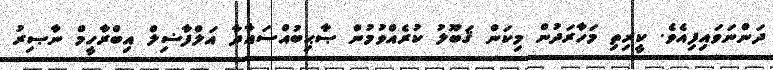
ދަންނަވައިފިއެވެ. ކީރިތި މަހާރަދުން މިކަން ޤަބޫލު ކުރެއްވުމުން ޞާޙިބުއްސަޢާދާ އަލްފާޟިލް އިބްރާހީމް ނާޞިރު